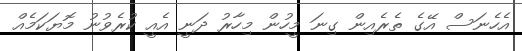
އެހެނަސް އޭގެ ތެރެއިން ގިނަ މީހުން މިހާރު ދަނީ އެއީ ކުރެވުނު މޮޔަކަމެއް